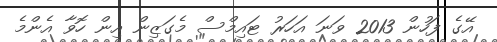
އޭގެ ފަހުން 2013 ވަނަ އަހަރު ޓައިމްސް މެގަޒިން އިން ހޮވާ އެންމެ